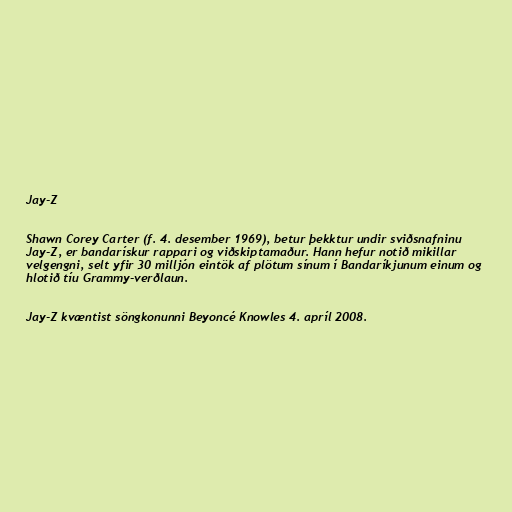
Jay-Z

Shawn Corey Carter (f. 4. desember 1969), betur þekktur undir sviðsnafninu
Jay-Z, er bandarískur rappari og viðskiptamaður. Hann hefur notið mikillar
velgengni, selt yfir 30 milljón eintök af plötum sínum í Bandaríkjunum einum og
hlotið tíu Grammy-verðlaun.

Jay-Z kvæntist söngkonunni Beyoncé Knowles 4. apríl 2008.